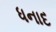
ધનાદ